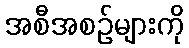
အစီအစဉ်များကို